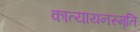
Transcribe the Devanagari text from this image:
कात्यायनस्मृति